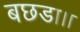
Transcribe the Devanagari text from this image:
बछडा।।